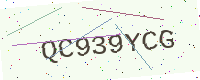
Text: QC939YCG